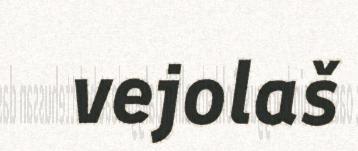
vejolaš